38_143685_box7_Incident_Summaries_1-100
Agency: Department of War
Page 116
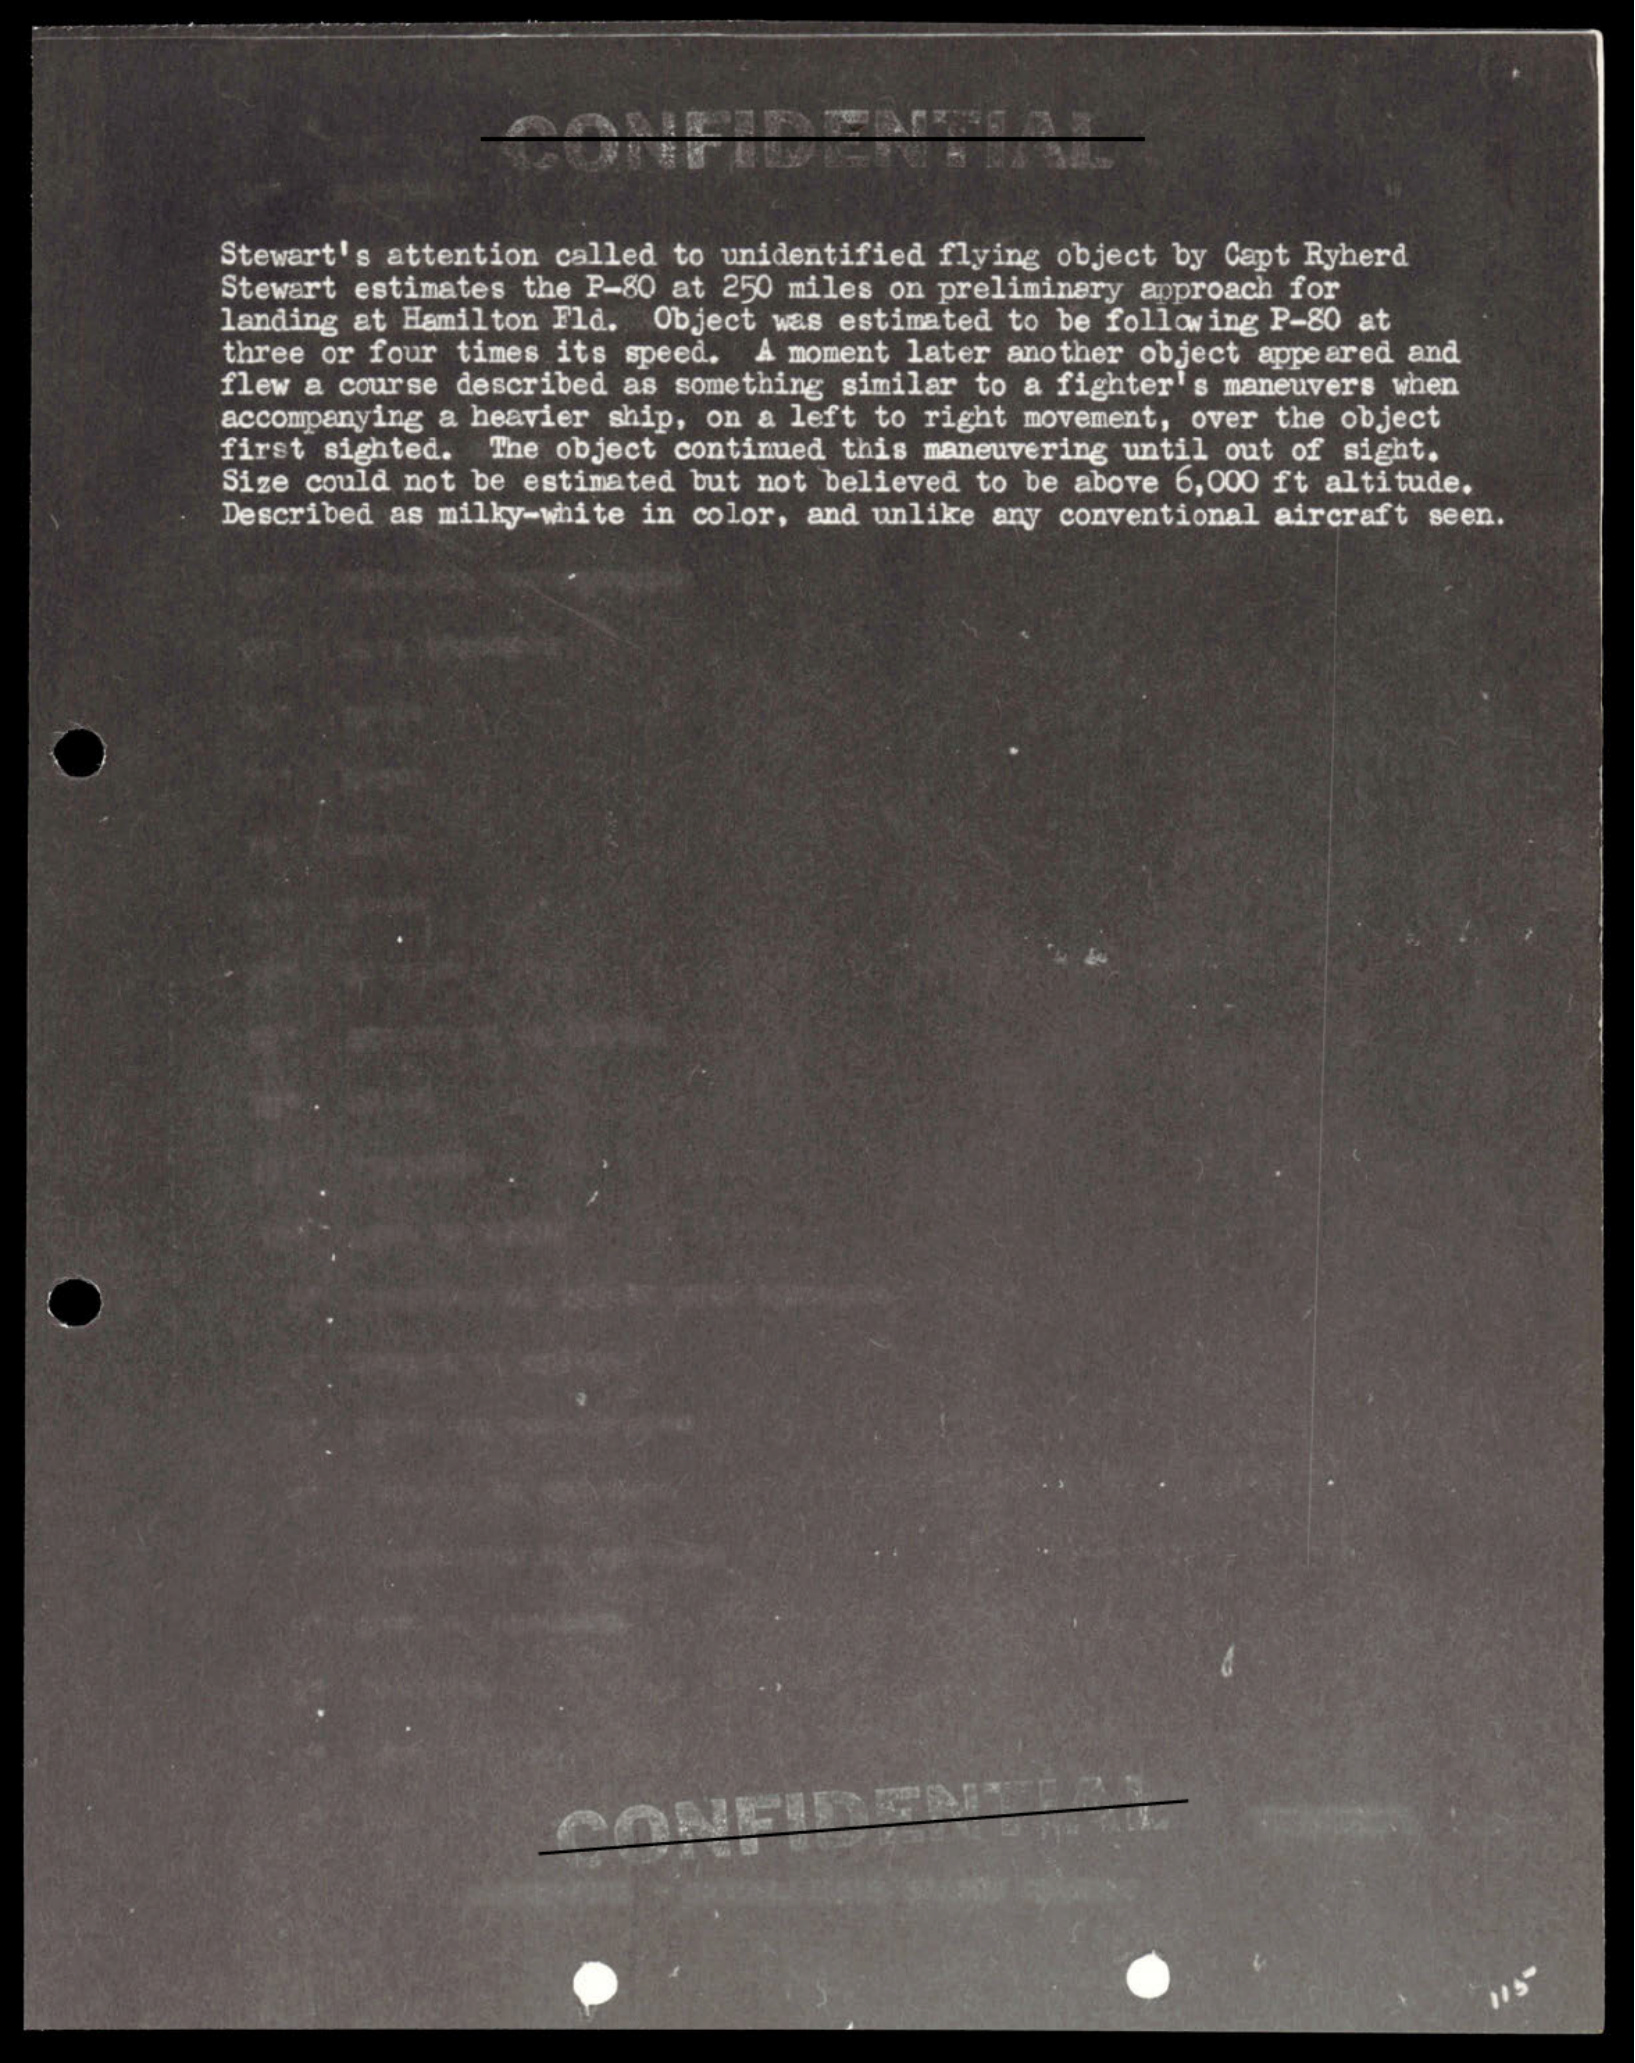